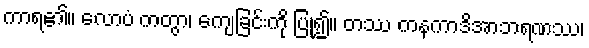
ကာရ၏။ လောပံ ကတွာ၊ ကျေခြင်းကို ပြု၍။ တဿ ကနကာဒိအာဘရဏဿ၊